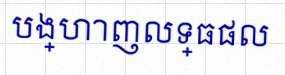
បង្ហាញលទ្ធផល